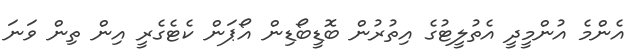
އެންމެ އުންމީދީ އެތުލީޓުގެ އިތުރުން ބޮޑީބޯޑިން އޯޕަން ކެޓެގެރީ އިން ތިން ވަނަ